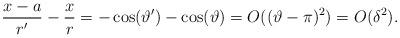
LaTeX: \begin{align*}{x - a \over r'} - {x \over r} = -\cos(\vartheta') - \cos(\vartheta) = O((\vartheta - \pi)^2) = O(\delta^2).\end{align*}